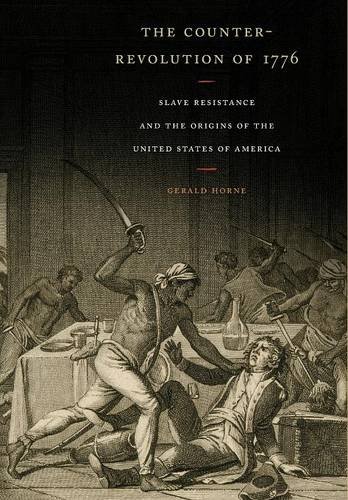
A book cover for The Counter-Revolution of 1776: Slave Resistance and the Origins of the United States of America; Gerald Horne; History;